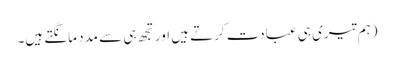
(ہم تیری ہی عبادت کرتے ہیں اور تجھ ہی سے مدد مانگتے ہیں۔